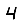
Digit: 4